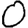
Digit: 0